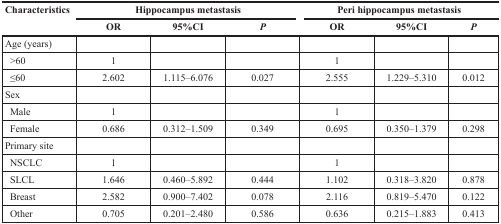
<table><thead><tr><td rowspan="2"><b>Characteristics</b></td><td colspan="3"><b>Hippocampus metastasis</b></td><td colspan="3"><b>Peri hippocampus metastasis</b></td></tr><tr><td><b>OR</b></td><td><b>95%CI</b></td><td><b><i>P</i></b></td><td><b>OR</b></td><td><b>95%CI</b></td><td><b><i>P</i></b></td></tr></thead><tbody><tr><td>Age (years)</td><td>[EMPTY_CELL]</td><td>[EMPTY_CELL]</td><td>[EMPTY_CELL]</td><td>[EMPTY_CELL]</td><td>[EMPTY_CELL]</td><td>[EMPTY_CELL]</td></tr><tr><td> &gt;60</td><td>1</td><td>[EMPTY_CELL]</td><td>[EMPTY_CELL]</td><td>1</td><td>[EMPTY_CELL]</td><td>[EMPTY_CELL]</td></tr><tr><td> ≤60</td><td>2.602</td><td>1.115–6.076</td><td>0.027</td><td>2.555</td><td>1.229–5.310</td><td>0.012</td></tr><tr><td>Sex</td><td>[EMPTY_CELL]</td><td>[EMPTY_CELL]</td><td>[EMPTY_CELL]</td><td>[EMPTY_CELL]</td><td>[EMPTY_CELL]</td><td>[EMPTY_CELL]</td></tr><tr><td> Male</td><td>1</td><td>[EMPTY_CELL]</td><td>[EMPTY_CELL]</td><td>1</td><td>[EMPTY_CELL]</td><td>[EMPTY_CELL]</td></tr><tr><td> Female</td><td>0.686</td><td>0.312–1.509</td><td>0.349</td><td>0.695</td><td>0.350–1.379</td><td>0.298</td></tr><tr><td>Primary site</td><td>[EMPTY_CELL]</td><td>[EMPTY_CELL]</td><td>[EMPTY_CELL]</td><td>[EMPTY_CELL]</td><td>[EMPTY_CELL]</td><td>[EMPTY_CELL]</td></tr><tr><td> NSCLC</td><td>1</td><td>[EMPTY_CELL]</td><td>[EMPTY_CELL]</td><td>1</td><td>[EMPTY_CELL]</td><td>[EMPTY_CELL]</td></tr><tr><td> SLCL</td><td>1.646</td><td>0.460–5.892</td><td>0.444</td><td>1.102</td><td>0.318–3.820</td><td>0.878</td></tr><tr><td> Breast</td><td>2.582</td><td>0.900–7.402</td><td>0.078</td><td>2.116</td><td>0.819–5.470</td><td>0.122</td></tr><tr><td> Other</td><td>0.705</td><td>0.201–2.480</td><td>0.586</td><td>0.636</td><td>0.215–1.883</td><td>0.413</td></tr></tbody></table>